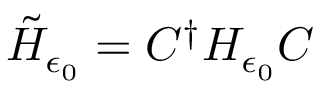
\tilde { H } _ { \epsilon _ { 0 } } = C ^ { \dagger } H _ { \epsilon _ { 0 } } C